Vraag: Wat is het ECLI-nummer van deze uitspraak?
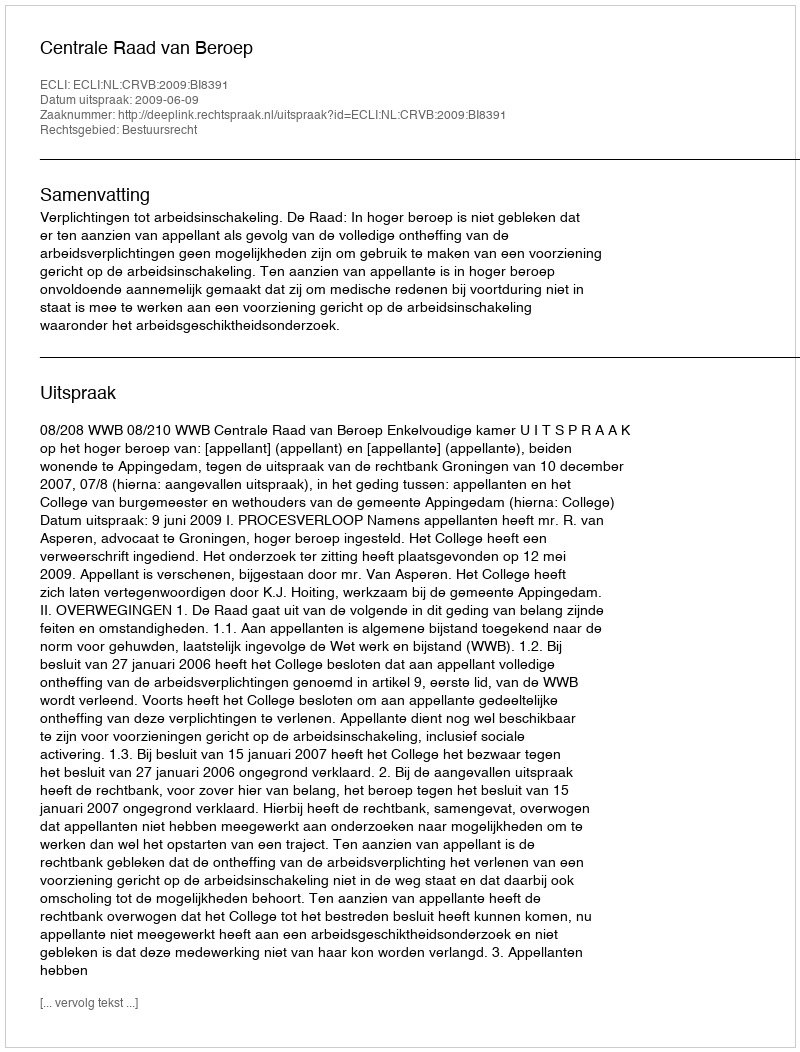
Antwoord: ECLI:NL:CRVB:2009:BI8391